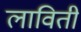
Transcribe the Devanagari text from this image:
लाविती